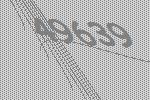
49639